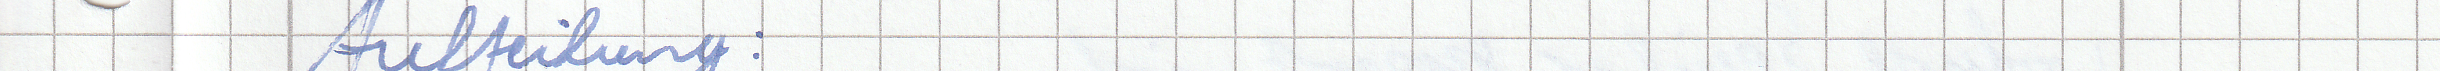
Aufteilung :